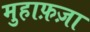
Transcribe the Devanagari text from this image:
मुहाफ़ज़ा